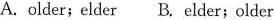
A. older; elder B. Elder ; older